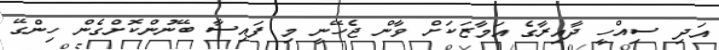
އަދި ސިއްހީ ދާއިރާގެ އަމާޒަކަށް ވާން ޖެހޭނީ މި ފައިސާ ބޭނުންކޮށްގެން ހިންގޭ